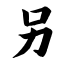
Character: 另